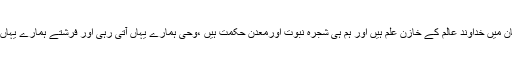
ہم زمین اورآسمان میں خداوند عالم کے خازن علم ہیں اور ہم ہی شجرہ نبوت اورمعدن حکمت ہیں ،وحی ہمارے یہاں آتی رہی اور فرشتے ہمارے یہاں آتے رہتے ہیں۔